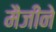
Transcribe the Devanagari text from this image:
मैजीने